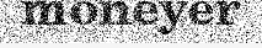
moneyer